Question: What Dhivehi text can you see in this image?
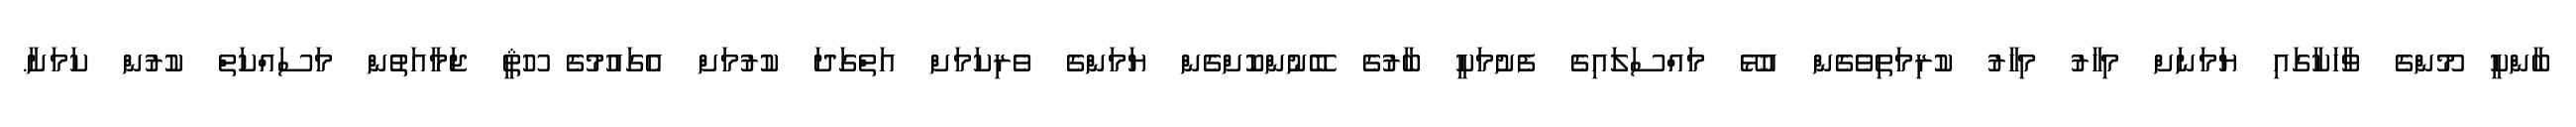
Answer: ބާންކީ މޫންގެ ވާހަކާގައި ޔަމަނަށް މިހާރު މިހާރު ކުރިމަތިވެގެން އުޅޭ މައްސަލައިގެ ފެށުމަކީ ބާރުގެ ބޭނުންކޮށްގެން ޔަމަންގެ ވެރިކަމަށް އަތްގަދަ ކުރުމަށް އެގައުމުގެ ހޫޘީ ޖަމާއަތުން މަސައްކަތް ކުރުން ކަމަށާ.